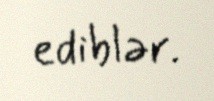
ediblər.